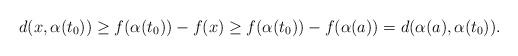
LaTeX: \begin{align*}d(x,\alpha(t_0))\geq f(\alpha(t_0))-f(x)\geq f(\alpha(t_0))-f(\alpha(a))=d(\alpha(a), \alpha(t_0)).\end{align*}